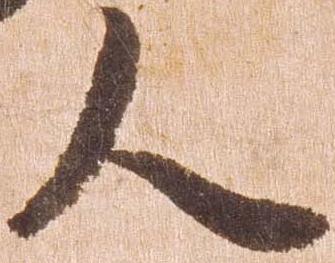
人